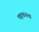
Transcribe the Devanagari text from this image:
पहचनना